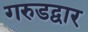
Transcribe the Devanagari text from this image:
गरुडद्वार